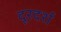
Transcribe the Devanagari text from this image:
दूरदर्श